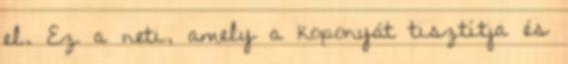
el. Ez a neti, amely a koponyát tisztítja és